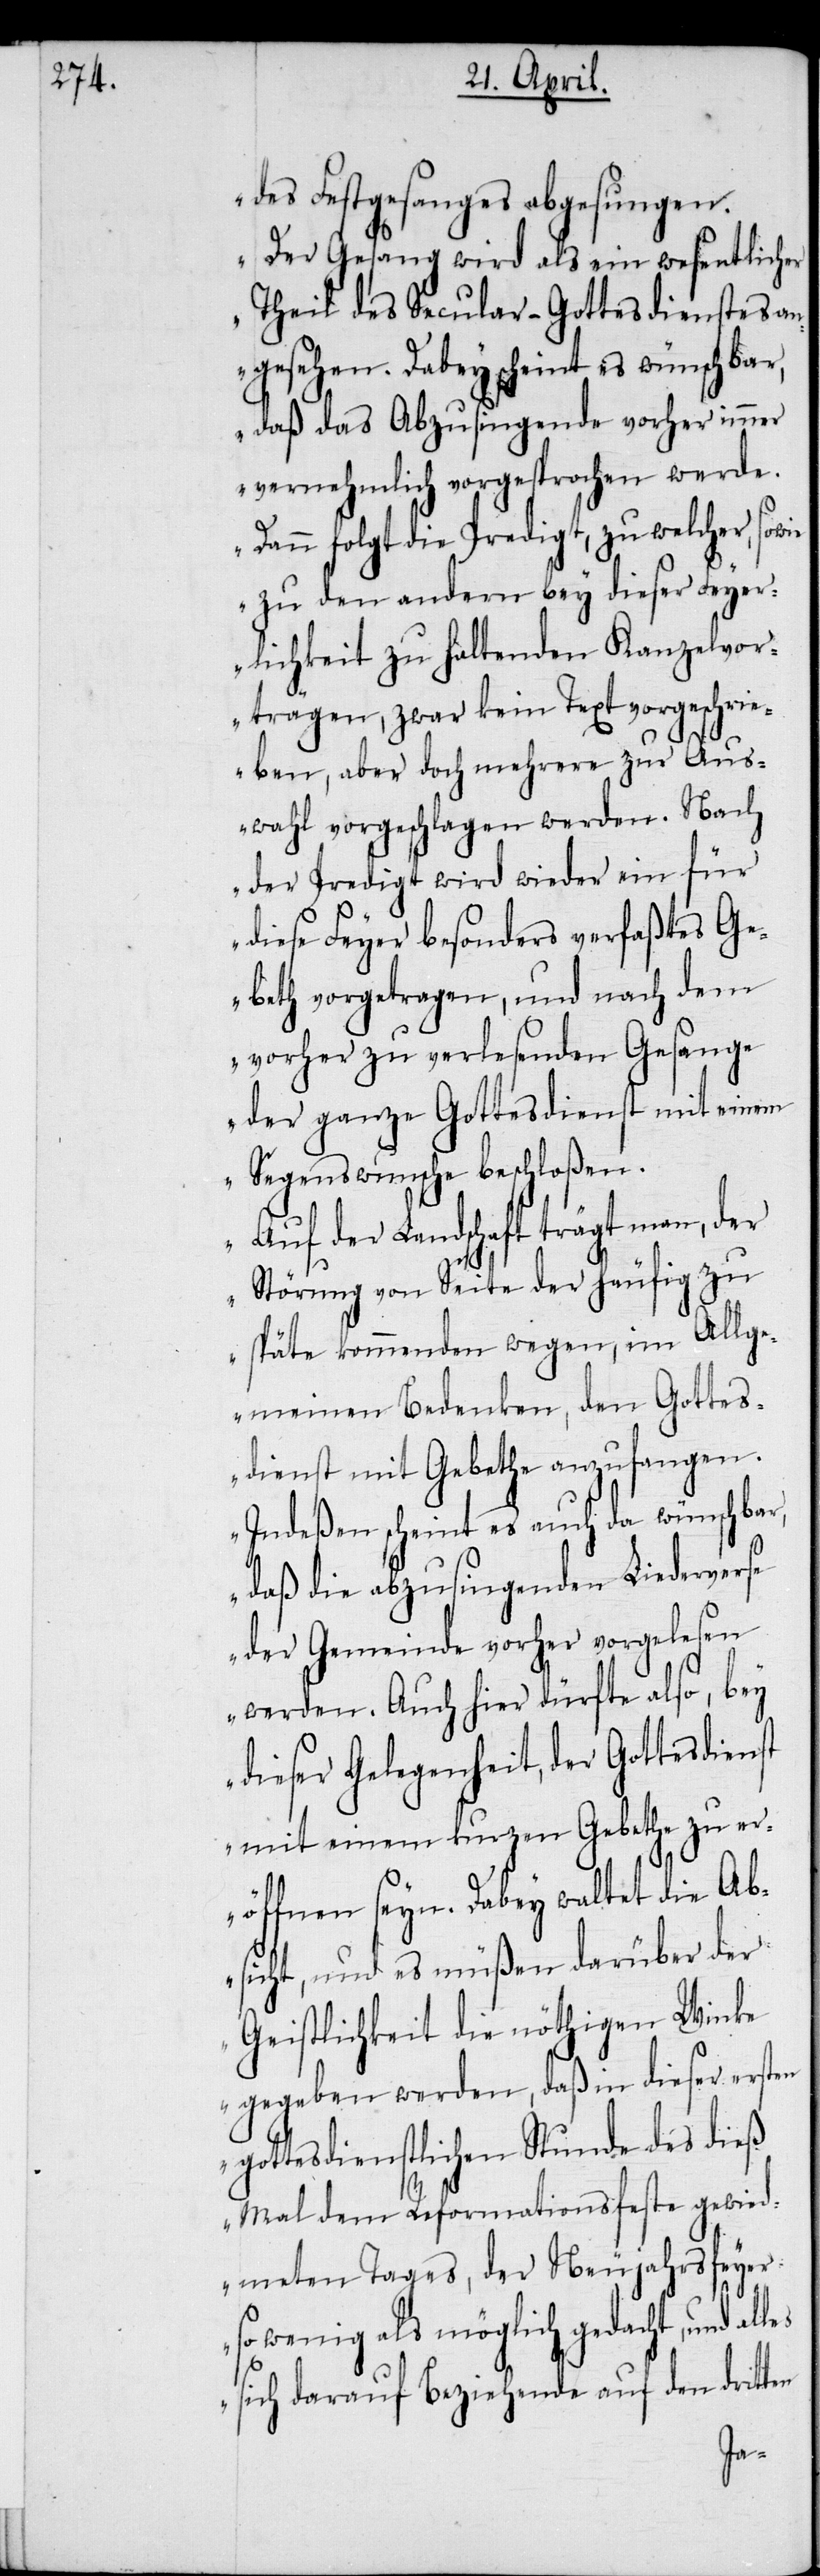
des Festgesanges abgesungen.
Der Gesang wird als ein wesentlicher
Theil des Secular-Gottesdienstes an¬
gesehen. Dabey scheint es wünschbar,
daß das Abzusingende vorher immer
vernehmlich vorgesprochen werde.
Dann folgt die Predigt, zu welcher, sowie
zu den andern bey dieser Feyer¬
lichkeit zu haltenden Kanzelvor¬
trägen, zwar kein Text vorgeschri¬
eben, aber doch mehrere zur Aus¬
wahl vorgeschlagen werden. Nach
der Predigt wird wieder ein für
diese Feyer besonders verfaßtes Ge¬
beth vorgetragen, und nach dem
vorher zu verlesenden Gesange
der ganze Gottesdienst mit einem
Segenswunsche beschloßen.
Auf der Landschaft trägt man, der
Störung von Seite der häufig zu
späte kommenden wegen, im Allge¬
meinen Bedenken, den Gottes¬
dienst mit Gebethe anzufangen.
Indeßen scheint es auch da wünschbar,
daß die abzusingenden Liederverse
der Gemeinde vorher vorgelesen
werden. Auch hier dürfte also, bey
dieser Gelegenheit, der Gottesdienst
mit einem kurzen Gebethe zu er¬
öffnen seyn. Dabey waltet die Ab¬
sicht, und es müßen darüber der
Geistlichkeit die nöthigen Winke
gegeben werden, daß in dieser ersten
gottesdienstlichen Stunde des dieß
Mal dem Reformationsfeste gewied¬
meten Tages, der Neujahrsfeyer
so wenig als möglich gedacht, und
sich darauf Beziehende auf den dritten